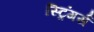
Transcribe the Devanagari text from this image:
स्ट्रिंगर्स